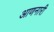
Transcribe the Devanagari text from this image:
आणनारी